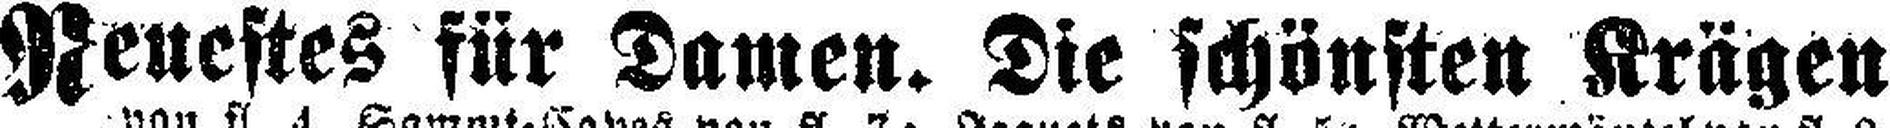
Neuestes für Damen. Die schönsten Krägen